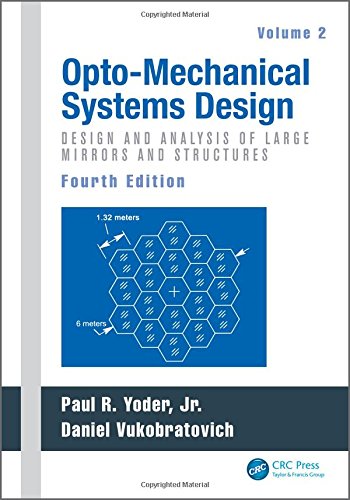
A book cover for Opto-Mechanical Systems Design, Fourth Edition, Two Volume Set: Opto-Mechanical Systems Design, Fourth Edition, Volume 2: Design and Analysis of Large Mirrors and Structures; Science & Math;